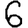
Digit: 6